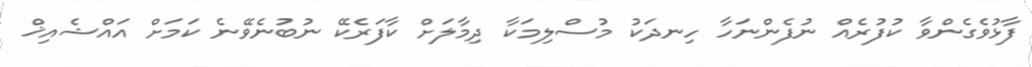
ފާޅުވެގެންވާ ކުފުރެއް ނުފެންނަހާ ހިނދަކު މުސްލިމަކާ ދިމާލަށް ކާފަރެކޭ ނުބުނެވޭނެ ކަމަށް އައްޝެއިޚް